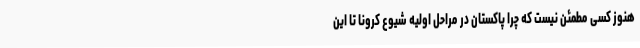
هنوز کسی مطمئن نیست که چرا پاکستان در مراحل اولیه شیوع کرونا تا این